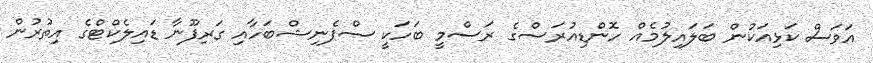
އަވަސް ކަޅިއަކުން ބަލައިލުމެއް ހޮންޑިއުރަސްގެ ރަސްމީ ބަހަކީ ސްޕެނިޝްބަހާއި ގަރިފޫނާ ޑައިލެކްޓްގެ އިތުރުން